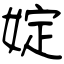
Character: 婝